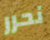
نحرر